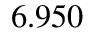
6 . 9 5 0 \